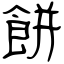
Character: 餅